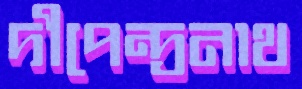
দীপেন্দ্রনাথ